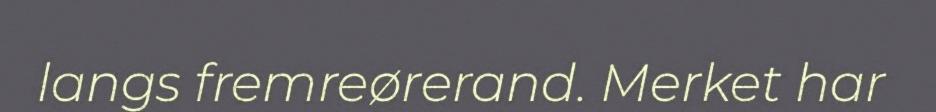
langs fremreørerand. Merket har